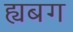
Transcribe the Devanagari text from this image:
ह्यबग